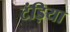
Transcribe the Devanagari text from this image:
टंड़िया